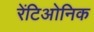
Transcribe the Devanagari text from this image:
रेंटिओनिक